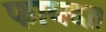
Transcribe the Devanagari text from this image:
फायदा।